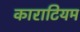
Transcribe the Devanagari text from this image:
काराटियम